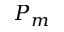
P _ { m }